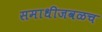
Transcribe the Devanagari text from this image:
समाधीजवळच